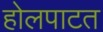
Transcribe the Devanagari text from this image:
होलपाटत